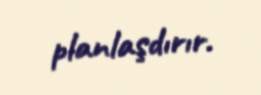
planlaşdırır.